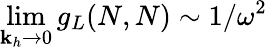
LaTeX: \operatorname*{lim}_{\mathbf{k}_{h}\rightarrow0}g_{L}(N,N)\sim1/\omega^{2}